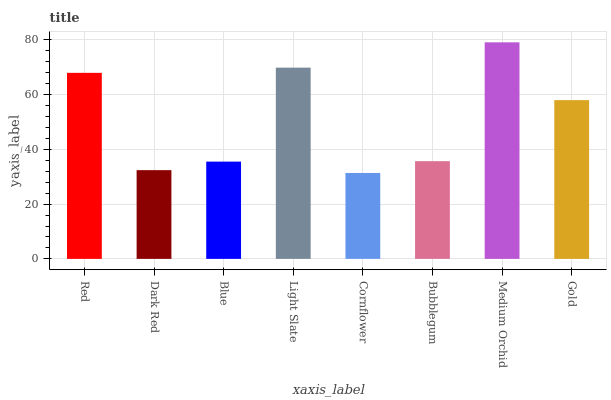
| xaxis_label | bars |
 | --- | --- |
 | Red | 67.9 |
 | Dark Red | 32.4 |
 | Blue | 35.5 |
 | Light Slate | 69.8 |
 | Cornflower | 31.4 |
 | Bubblegum | 35.7 |
 | Medium Orchid | 79.1 |
 | Gold | 58 |